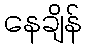
နေချိန်